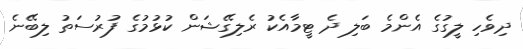
ދިވެހި ލީގުގެ އެންމެ ބަލި ދެ ޓީމާއެކު ރެލިގޭޝަން ކުޅުމުގެ ފުރުސަތު ލިބޭނެ